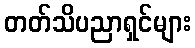
တတ်သိပညာရှင်များ